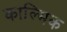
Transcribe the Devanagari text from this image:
काल्मिक